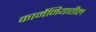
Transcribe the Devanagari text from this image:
कार्मेनियातील